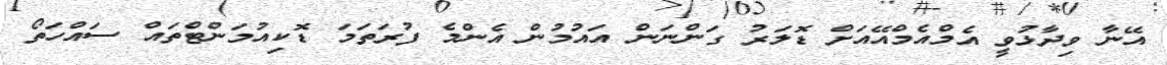
އޭނާ ވިދާޅުވީ އެމްއެމްއޭއަށް ޑޮލަރު ގަންނަން އައުމުން އެންމެ ފުރަތަމަ ޑޮކިއުމަންޓްތައް ސައްހަތޯ